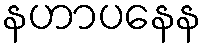
နဟာပနေန